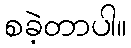
စခဲ့တာပါ။